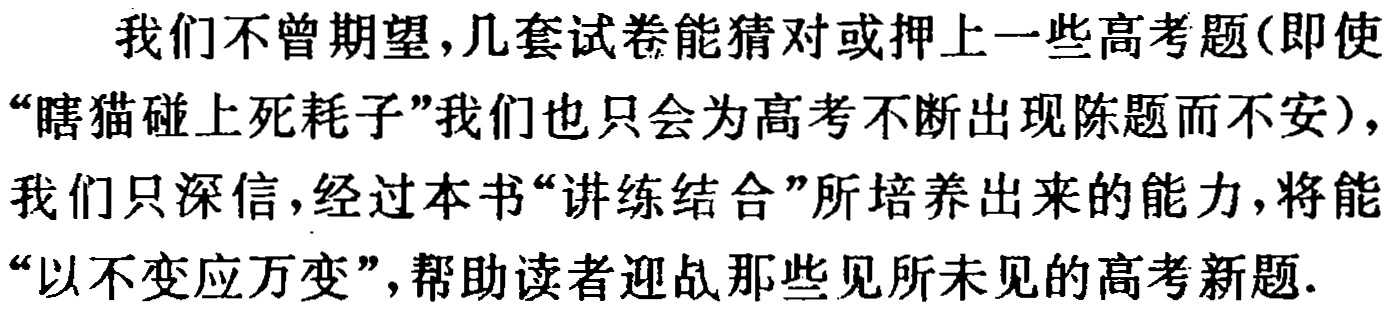
我们不曾期望，几套试卷能猜对或押上一些高考题(即使“瞎猫碰上死耗子”我们也只会为高考不断出现陈题而不安)，我们只深信，经过本书“讲练结合”所培养出来的能力，将能“以不变应万变”，帮助读者迎战那些见所未见的高考新题.